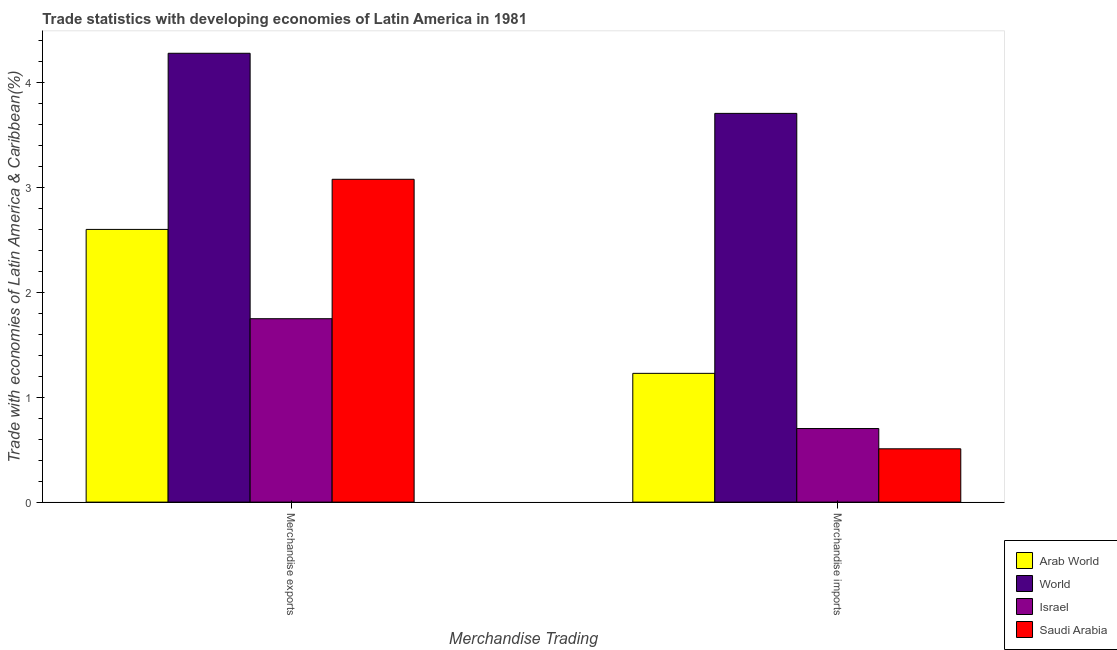
| Merchandise Trading | Arab World | World | Israel | Saudi Arabia |
 | --- | --- | --- | --- | --- |
 | Merchandise exports | 2.6 | 4.28 | 1.75 | 3.08 |
 | Merchandise imports | 1.23 | 3.71 | 0.702 | 0.508 |